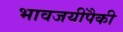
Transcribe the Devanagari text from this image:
भावजयींपैकी